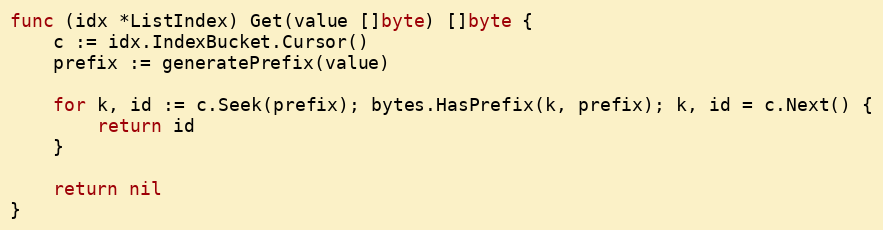
Language: Go
func (idx *ListIndex) Get(value []byte) []byte {
	c := idx.IndexBucket.Cursor()
	prefix := generatePrefix(value)

	for k, id := c.Seek(prefix); bytes.HasPrefix(k, prefix); k, id = c.Next() {
		return id
	}

	return nil
}